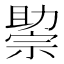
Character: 𰅘